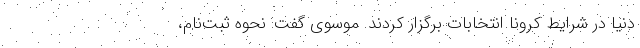
دنیا در شرایط کرونا انتخابات برگزار کردند. موسوی گفت: نحوه ثبت‌نام،